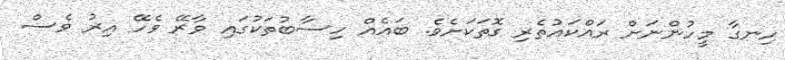
ހިނގާ މީހުންނަށް ރައްކައުތެރި ގޮތަކަށެވެ. ބައެއް ހިސާބުތަކުގައި ވާރޭ ވެހޭ އިރު ވެސް